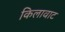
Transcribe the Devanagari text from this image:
किलावाट